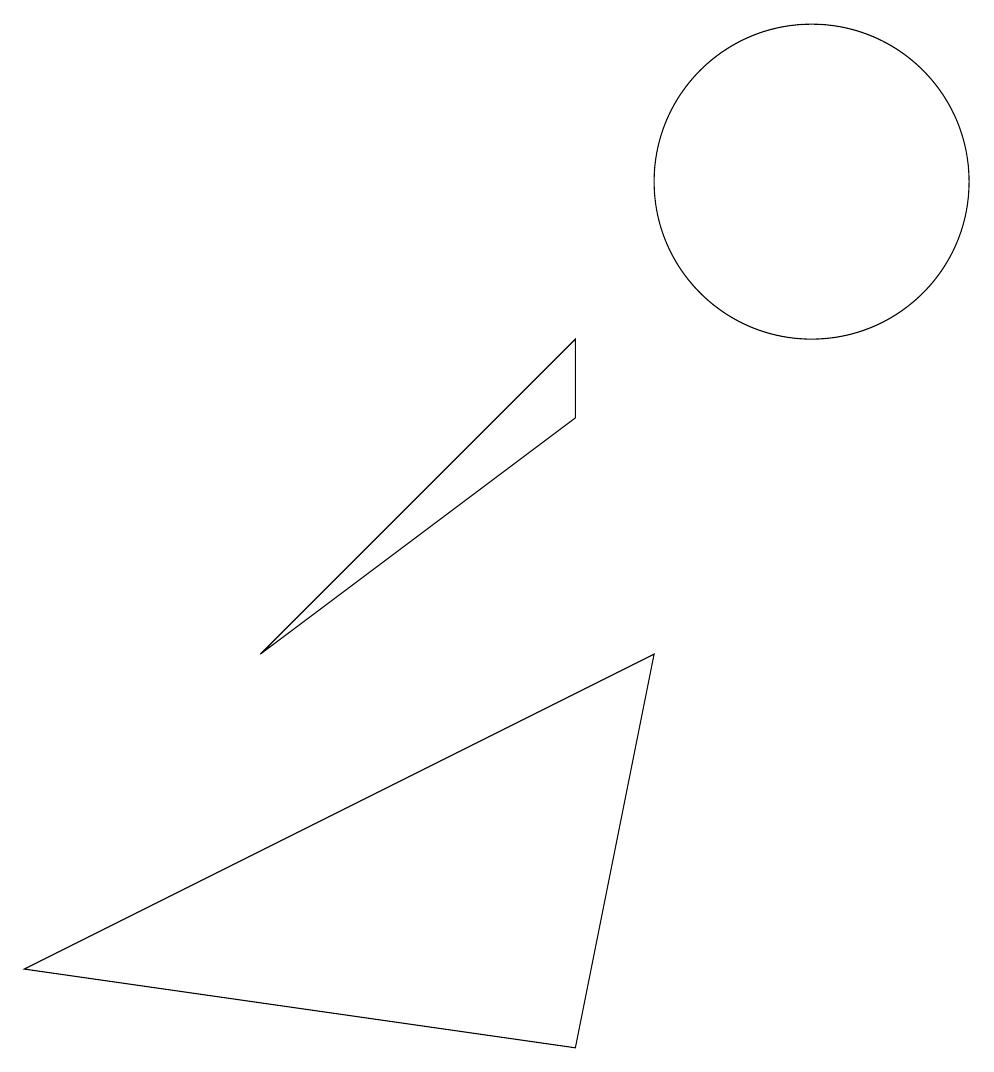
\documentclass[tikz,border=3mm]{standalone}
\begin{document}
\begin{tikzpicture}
\draw (3,5) -- (7,8) -- (7,9) -- cycle;
\draw (10,11) circle (2);
\draw (7,0) -- (8,5) -- (0,1) -- cycle;
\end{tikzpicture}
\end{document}